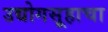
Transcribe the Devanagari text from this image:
उद्योगसूहाचा